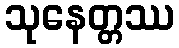
သုနေတ္တဿ